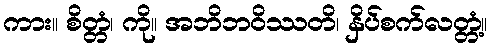
ကား။ စိတ္တံ၊ ကို။ အဘိဘဝိဿတိ၊ နှိပ်စက်လတ္တံ့။